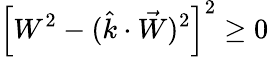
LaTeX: \left[W^{2}-(\hat{k}\cdot\vec{W})^{2}\right]^{2}\ge 0